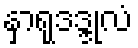
နှာရုဒဒ္ဒုလံ